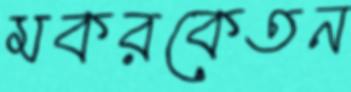
মকরকেতন